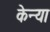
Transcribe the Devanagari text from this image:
केन्‍या